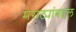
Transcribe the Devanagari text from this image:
मराठ्यांबद्दल